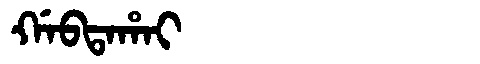
Manchu: ᡤᠠᠪᡨᠠᡥᠠᡳ
Romanization: GABTAHAI